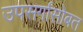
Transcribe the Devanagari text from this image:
उपसर्गांसोबत